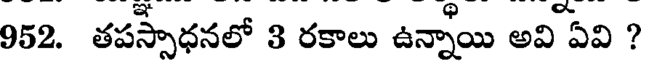
952. తపస్సాధనలో 3 రకాలు ఉన్నాయి అవి ఏవి ?